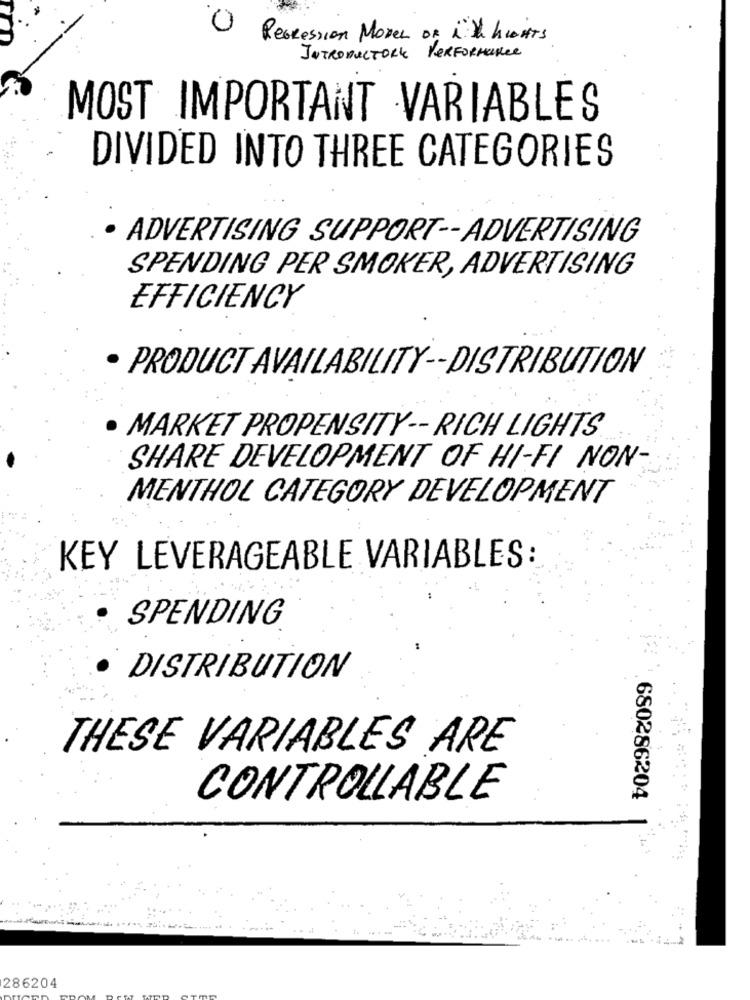
Recession Morel of it hurts
INTRODUCTORY PERFORMANCE
MOST IMPORTANT VARIABLES
DIVIDED INTO THREE CATEGORIES
· ADVERTISING SUPPORT -- ADVERTISING
SPENDING PER SMOKER, ADVERTISING
EFFICIENCY
· PRODUCT AVAILABILITY -- DISTRIBUTION
· MARKET PROPENSITY -- RICH LIGHTS
SHARE DEVELOPMENT OF HI-FI NON-
MENTHOL CATEGORY DEVELOPMENT
KEY LEVERAGEABLE VARIABLES :
SPENDING
· DISTRIBUTION
THESE VARIABLES ARE
CONTROLLABLE
680286204
286204